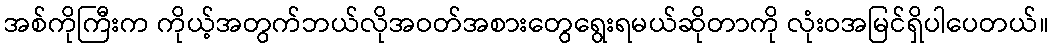
အစ်ကိုကြီးက ကိုယ့်အတွက်ဘယ်လိုအဝတ်အစားတွေရွေးရမယ်ဆိုတာကို လုံးဝအမြင်ရှိပါပေတယ်။